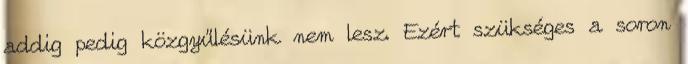
addig pedig közgyűlésünk nem lesz. Ezért szükséges a soron